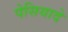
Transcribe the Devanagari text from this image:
पेसियादे